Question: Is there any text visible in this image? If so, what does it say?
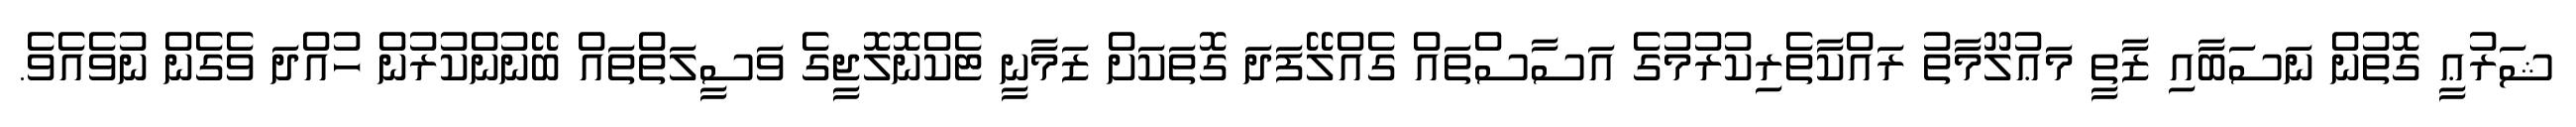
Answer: ޝަރުޢީ ގޮތުން ނަސަބާއި ޒާތީ މަޢުލޫމާތު ރައްކާތެރިކުރުމުގެ އަސާސްތައް ގެއްލޭފަދަ ގޮތަކަށް ޒަމާނީ ޓެކްނޮލޮޖީގެ ވަސީލަތްތައް ބޭނުންކުރުން ހުއްދަ ވެގެން ނުވެއެވެ.